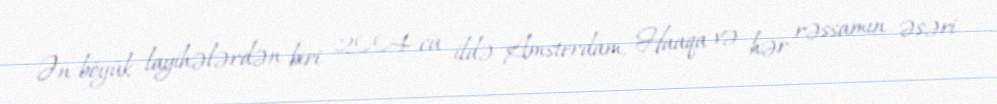
Ən böyük layihələrdən biri 2004-cü ildə Amsterdam, Haaqa və hər rəssamın əsəri